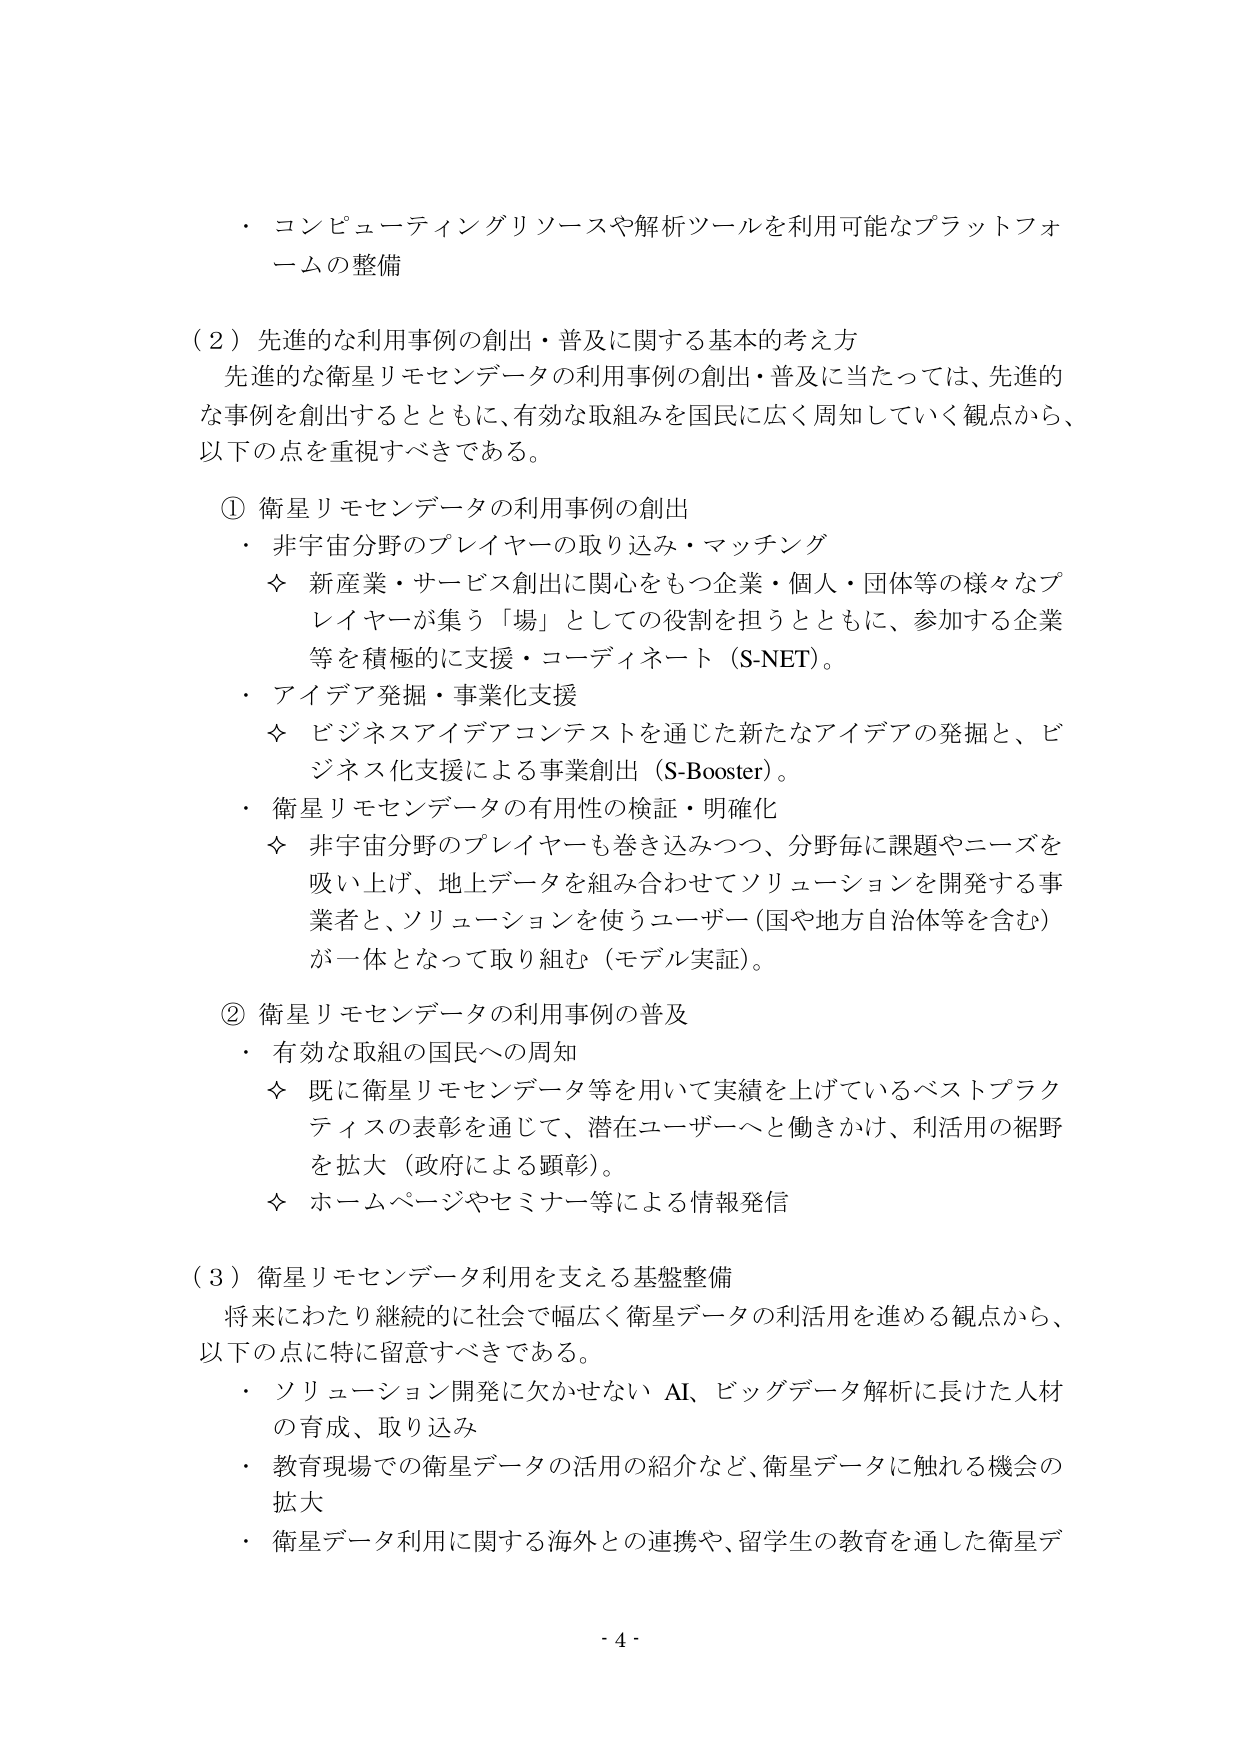
・コンピューティングリソースや解析ツールを利用可能なプラットフォームの整備

（２）先進的な利用事例の創出・普及に関する基本的考え方
先進的な衛星リモセンデータの利用事例の創出・普及に当たっては、先進的な事例を創出するとともに、有効な取組みを国民に広く周知していく観点から、以下の点を重視すべきである。

① 衛星リモセンデータの利用事例の創出
・非宇宙分野のプレイヤーの取り込み・マッチング
　◇ 新産業・サービス創出に関心をもつ企業・個人・団体等の様々なプレイヤーが集う「場」としての役割を担うとともに、参加する企業等を積極的に支援・コーディネート（S-NET）。
・アイデア発掘・事業化支援
　◇ ビジネスアイデアコンテストを通じた新たなアイデアの発掘と、ビジネス化支援による事業創出（S-Booster）。
・衛星リモセンデータの有用性の検証・明確化
　◇ 非宇宙分野のプレイヤーも巻き込みつつ、分野毎に課題やニーズを吸い上げ、地上データを組み合わせてソリューションを開発する事業者と、ソリューションを使うユーザー（国や地方自治体等を含む）が一体となって取り組む（モデル実証）。

② 衛星リモセンデータの利用事例の普及
・有効な取組の国民への周知
　◇ 既に衛星リモセンデータ等を用いて実績を上げているベストプラクティスの表彰を通じて、潜在ユーザーへと働きかけ、利活用の裾野を拡大（政府による顕彰）。
　◇ ホームページやセミナー等による情報発信

（３）衛星リモセンデータ利用を支える基盤整備
将来にわたり継続的に社会で幅広く衛星データの利活用を進める観点から、以下の点に特に留意すべきである。
・ソリューション開発に欠かせない AI、ビッグデータ解析に長けた人材の育成、取り込み
・教育現場での衛星データの活用の紹介など、衛星データに触れる機会の拡大
・衛星データ利用に関する海外との連携や、留学生の教育を通した衛星データ

- 4 -